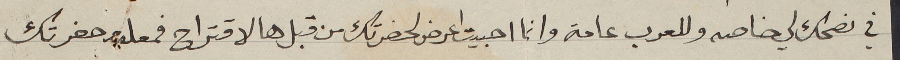
في نصحك لي خاصه وللعرب عامة وانما احبيت اعرض لحضرتك من قبل هالاقتراح فمعلوم حضرتك